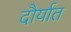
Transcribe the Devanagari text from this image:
दौर्यात